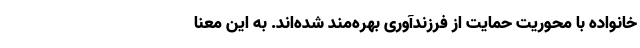
خانواده با محوریت حمایت از فرزندآوری بهره‌مند شده‌اند. به این معنا